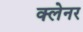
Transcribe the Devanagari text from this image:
क्लेनर